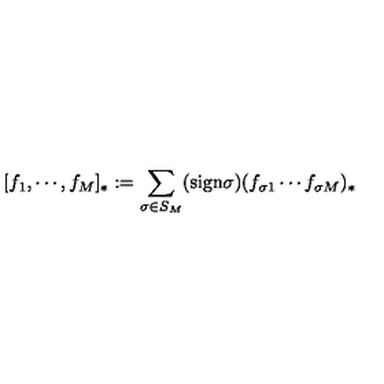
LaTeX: [ f _ { 1 } , \cdots , f _ { M } ] _ { * } : = \sum _ { \sigma \in S _ { M } } ( \mathrm { s i g n } \sigma ) ( f _ { \sigma 1 } \cdots f _ { \sigma M } ) _ { * }